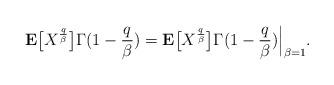
LaTeX: \begin{align*}{\bf E}\bigl[X^{\frac{q}{\beta}}\bigr] \Gamma(1-\frac{q}{\beta}) = {\bf E}\bigl[X^{\frac{q}{\beta}}\bigr] \Gamma(1-\frac{q}{\beta})\Big|_{\beta=1}.\end{align*}